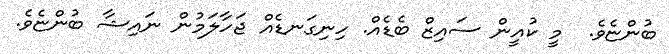
ބުންޏެވެ.  މީ ކުއީން ސައިޒް ބެޑެއް. ހިނިގަނޑެއް ޖަހާލަމުން ނައިޝާ ބުންޏެވެ.